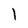
Character: l